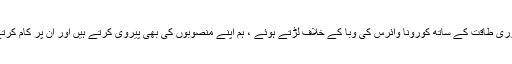
اپنی پوری طاقت کے ساتھ کورونا وائرس کی وبا کے خلاف لڑتے ہوئے ، ہم اپنے منصوبوں کی بھی پیروی کرتے ہیں اور ان پر کام کرتے ہیں۔